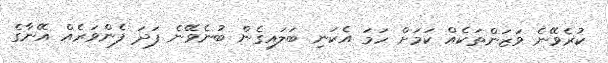
ކުރެވޭނެ ވަޒަންތަކެއް ކަމަށް ހަމަ އެކަނި ބަލައިގެން ބުނެވޭނެ ފަދަ ފެންވަރެއް އޭނާގެ